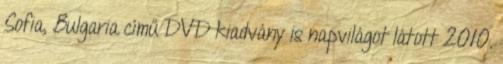
Sofia, Bulgaria című DVD kiadvány is napvilágot látott 2010.